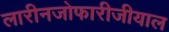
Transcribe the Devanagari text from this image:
लारीनजोफारीजीयाल